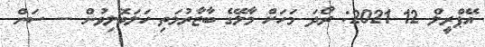
އޭޕްރީލް 12 2021: ރޯދަ މަހަށް މާލޭގެ ބާޒާރުމަތި ހަލަބޮލިވުން -- ސަން